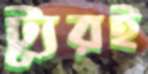
ট্যুরই